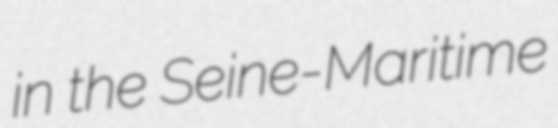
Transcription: in the Seine-Maritime